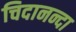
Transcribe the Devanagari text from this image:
चिदानन्दा